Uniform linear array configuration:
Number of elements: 8
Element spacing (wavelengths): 1
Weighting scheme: binomial
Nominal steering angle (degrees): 30
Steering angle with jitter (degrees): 30.016
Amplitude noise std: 0.05
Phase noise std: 0.05

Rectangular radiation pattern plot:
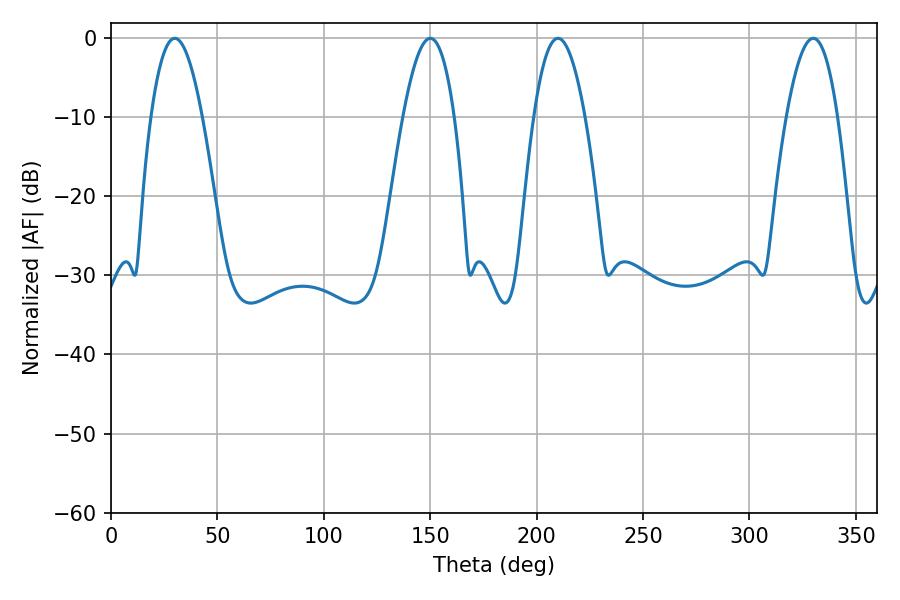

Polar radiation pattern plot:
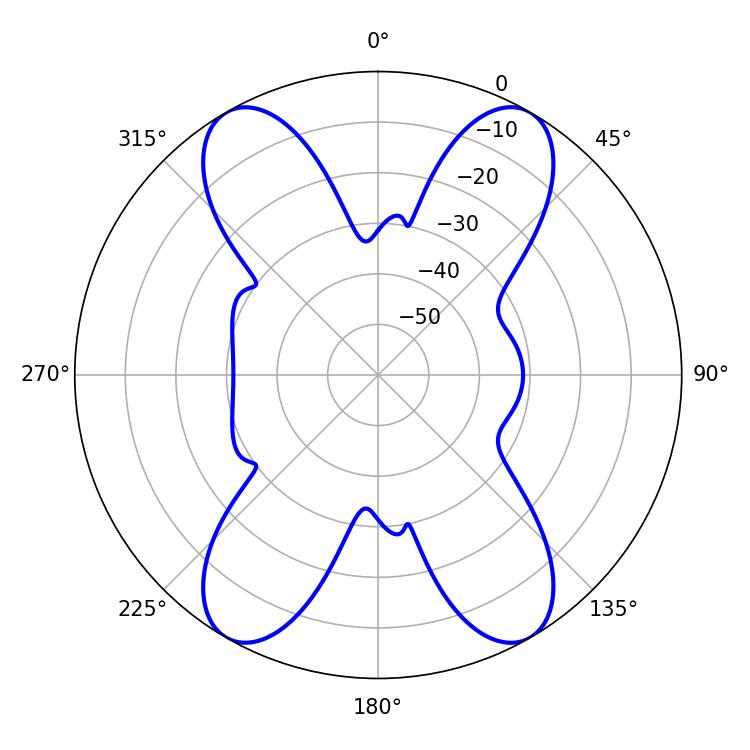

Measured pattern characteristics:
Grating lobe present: TRUE
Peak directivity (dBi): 35.515
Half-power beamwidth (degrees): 13.32
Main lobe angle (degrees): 210.06